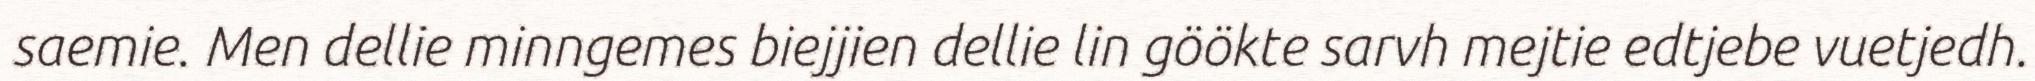
saemie. Men dellie minngemes biejjien dellie lin göökte sarvh mejtie edtjebe vuetjedh.